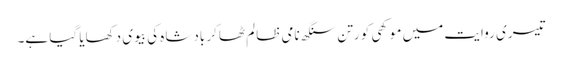
تیسری روایت میں موکھی کو رتن سنگھ نامی ظالم ٹھاکر بادشاہ کی بیوی دکھایا گیا ہے۔